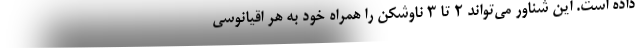
داده است. این شناور می‌تواند ۲ تا ۳ ناوشکن را همراه خود به هر اقیانوسی